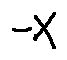
- X